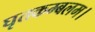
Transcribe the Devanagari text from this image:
घृतकम्बलम।